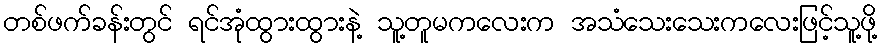
တစ်ဖက်ခန်းတွင် ရင်အုံထွားထွားနဲ့ သူ့တူမကလေးက အသံသေးသေးကလေးဖြင့်သူ့ဖို့